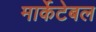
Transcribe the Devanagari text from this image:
मार्केटेबल